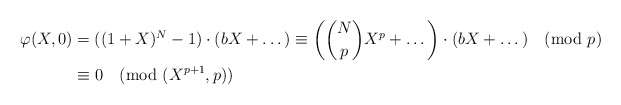
\begin{align*}\varphi(X,0) &= ((1+X)^N-1) \cdot (bX + \dots) \equiv \left(\binom{N}{p}X^p + \dots\right) \cdot (bX + \dots) \pmod{p} \\&\equiv 0 \pmod{(X^{p+1},p)}\end{align*}